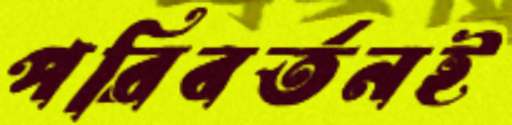
পরিবর্তনই